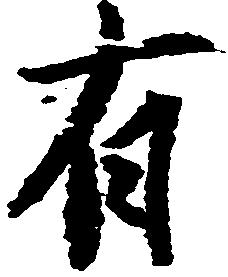
有